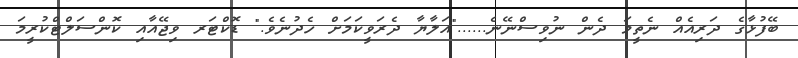
ބޭފުޅާގެ ދަރިއެއް ނެތީމަ ދެން ނުވިސްނޭނެ......"އަލާޔާ ދެރަވީކަމަށް ހެދުނެވެ." ޑޮކްޓަރ ވިޖޭއާއި ކޮންސަލްޓްކުރީމަ